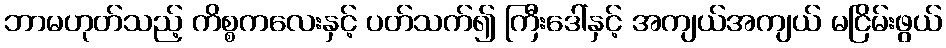
ဘာမဟုတ်သည့် ကိစ္စကလေးနှင့် ပတ်သက်၍ ကြီးဒေါ်နှင့် အကျယ်အကျယ် မငြိမ်းဖွယ်